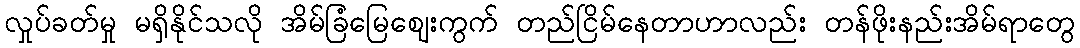
လှုပ်ခတ်မှု မရှိနိုင်သလို အိမ်ခြံမြေဈေးကွက် တည်ငြိမ်နေတာဟာလည်း တန်ဖိုးနည်းအိမ်ရာတွေ